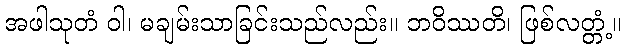
အဖါသုတံ ဝါ၊ မချမ်းသာခြင်းသည်လည်း။ ဘဝိဿတိ၊ ဖြစ်လတ္တံ့။